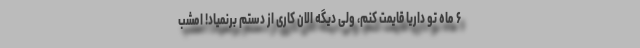
۶ ماه تو داریا قایمت کنم، ولی دیگه الان کاری از دستم برنمیاد! امشب